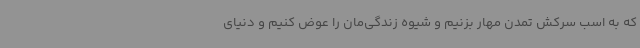
که به اسب سرکش تمدن مهار بزنیم و شیوه زندگی‌مان را عوض کنیم و دنیای